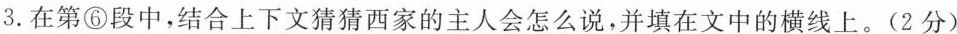
3.在第⑥段中，结合上下文猜猜西家的主人会怎么说，并填在文中的横线上。(2分)